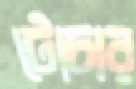
টোচার